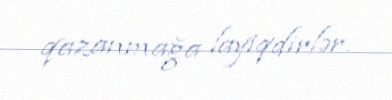
qazanmağa layiqdirlər.